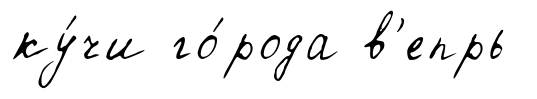
ку́чи го́рода в'епрь